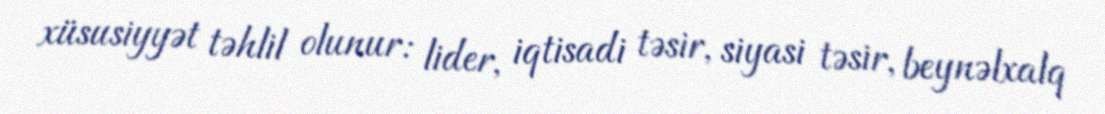
xüsusiyyət təhlil olunur: lider, iqtisadi təsir, siyasi təsir, beynəlxalq